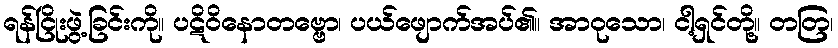
ရန်ငြိုးဖွဲ့ခြင်းကို။ ပဋိဝိနောတဗ္ဗော၊ ပယ်ဖျောက်အပ်၏။ အာဝုသော၊ ငါ့ရှင်တို့။ တတြ၊